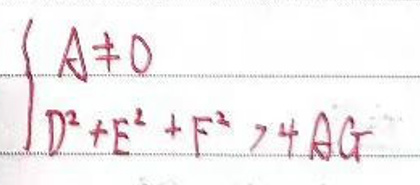
\(A\neq 0\)\\
\(D^{2}+E^{2}+F^{2}>4AF\)